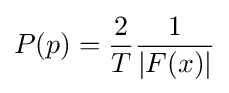
P(p)={\frac {2}{T}}{\frac {1}{|F(x)|}}